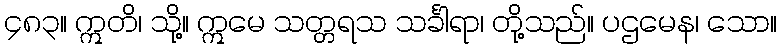
၄၈၃။ ဣတိ၊ သို့။ ဣမေ သတ္တရသ သင်္ခါရာ၊ တို့သည်။ ပဌမေန၊ သော။